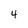
Character: 4